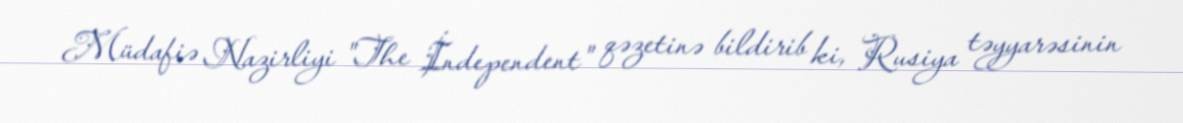
Müdafiə Nazirliyi "The İndependent" qəzetinə bildirib ki, Rusiya təyyarəsinin